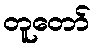
တူတော်